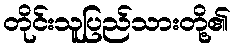
တိုင်းသူပြည်သားတို့၏